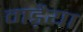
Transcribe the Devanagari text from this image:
मड़ैया